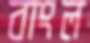
বাংল